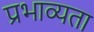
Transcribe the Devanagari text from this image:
प्रभाव्यता